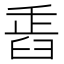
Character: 𦥲